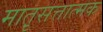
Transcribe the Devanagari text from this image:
मात़ृसत्तात्मक